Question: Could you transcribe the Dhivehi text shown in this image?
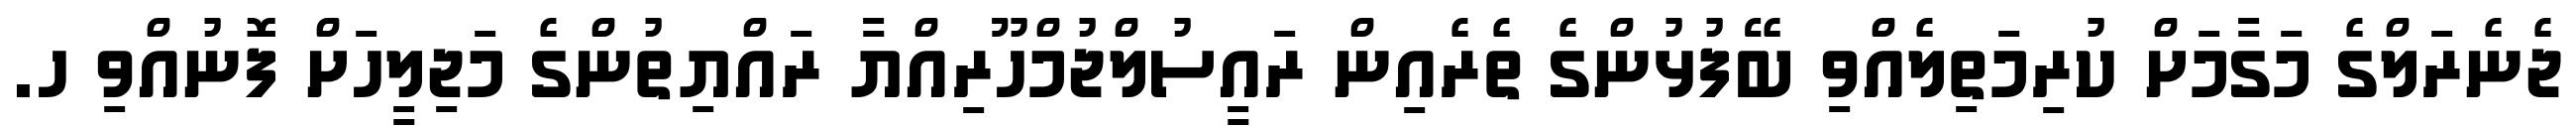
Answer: ޖެނެރަލްގެ މަގާމަށް ކުރިމަތިލެއްވި ބޭފުޅުންގެ ތެރެއިން ރައީސުލްޖުމްހޫރިއްޔާ ރައްޔިތުންގެ މަޖިލީހަށް ފޮނުއްވި ހ.